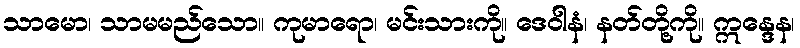
သာမော၊ သာမမည်သော။ ကုမာရော၊ မင်းသားကို။ ဒေဝါနံ၊ နတ်တို့ကို။ ဣန္ဒေန၊